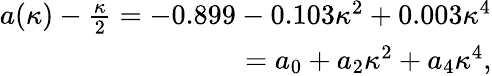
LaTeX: \begin{array}{r}{a(\kappa)-\frac{\kappa}{2}=-0.899-0.103\kappa^{2}+0.003\kappa^{4}}\\ {=a_{0}+a_{2}\kappa^{2}+a_{4}\kappa^{4},}\end{array}